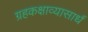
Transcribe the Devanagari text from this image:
ग्रहकक्षाव्यासार्धं